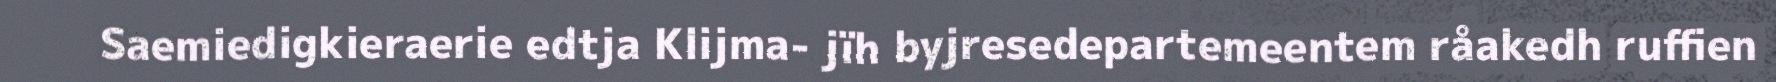
Saemiedigkieraerie edtja Klijma- jïh byjresedepartemeentem råakedh ruffien